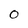
Character: 0